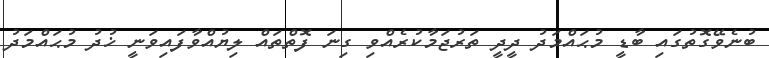
ބުނެވޭގޮތުގައި ބާޑީ މުޙައްމަދު ދީދީ ތަރުޖަމާކުރެއްވި ގިނަ ފޮތްތައް ލިޔުއްވާފައިވަނީ ޚުދު މުޙައްމަދު